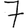
Digit: 7